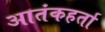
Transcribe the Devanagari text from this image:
आतंकहर्ता